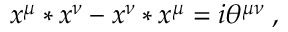
x ^ { \mu } * x ^ { \nu } - x ^ { \nu } * x ^ { \mu } = i \theta ^ { \mu \nu } \; ,